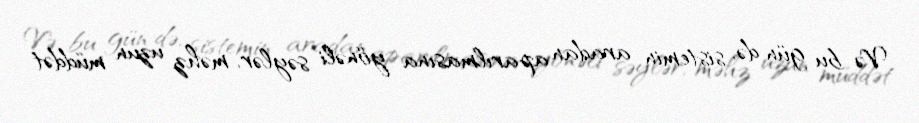
Və bu gün də, sistemin aradan aparılmasına yönəli səylər, məhz uzun müddət